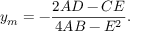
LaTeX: y _ { m } = - { \frac { 2 A D - C E } { 4 A B - E ^ { 2 } } } .